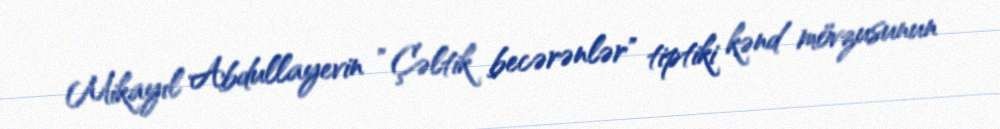
Mikayıl Abdullayevin " Çəltik becərənlər" tiptiki kənd mövzusunun